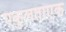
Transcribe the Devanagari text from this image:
एकुलताएक